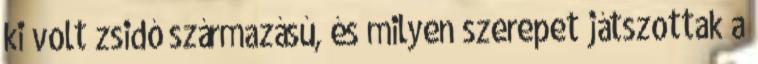
ki volt zsidó származású, és milyen szerepet játszottak a